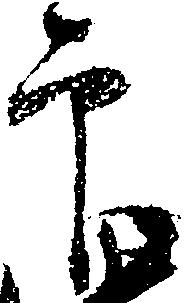
印